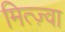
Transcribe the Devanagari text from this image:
मित्ज़्वा